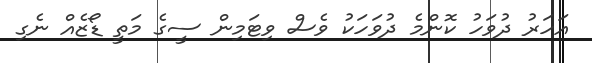
އަހަރު ދުވަހު ކޮންމެ ދުވަހަކު ވެސް ވިޓަމިން ސީގެ މަތީ ޑޯޒެއް ނެގި